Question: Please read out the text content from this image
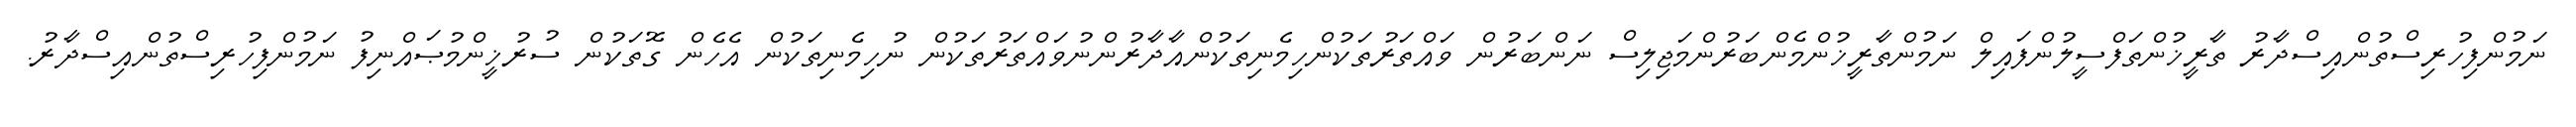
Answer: ނަމުންފިހުރިސްތުންއިސްދާރު ތާރީޚުންތަފްސީލުންފައިލް ނަމުންތާރީޚުންމެންބަރުންމަޖިލިސް ނަންބަރުން ވައްތަރުތަކުންހިމެނިތަކުންއާދާރުންނުވައްތަރުތަކުން ނުހިމެނިތަކުން އެހެން ގޮތަކުން ސުރުޚީންމުޞައްނިފު ނަމުންފިހުރިސްތުންއިސްދާރު.